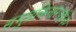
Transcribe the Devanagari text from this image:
समुद्रकिनारपट्टीवर